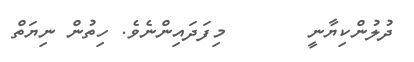
ދުލުންކިޔާނީ       މިފަދައިންނެވެ. ހިތުން ނިޔަތް